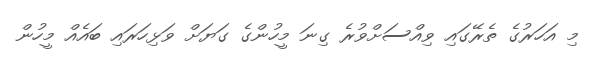
މި އަހަރުގެ ތެރޭގައި ވިއްސަށްވުރެ ގިނަ މީހުންގެ ގަޔަށް ވަޅިހަރައި ބައެއް މީހުން